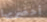
أحضريها